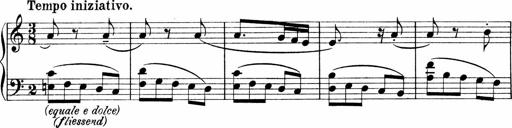
Title: Sonatina No.1
Composer: Otto Stoll
Key: C major